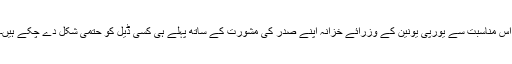
اس مناسبت سے یورپی یونین کے وزرائے خزانہ اپنے صدر کی مشورت کے ساتھ پہلے ہی کسی ڈیل کو حتمی شکل دے چکے ہیں۔